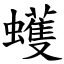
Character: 蠖